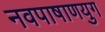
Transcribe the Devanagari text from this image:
नवपाषाणयुग